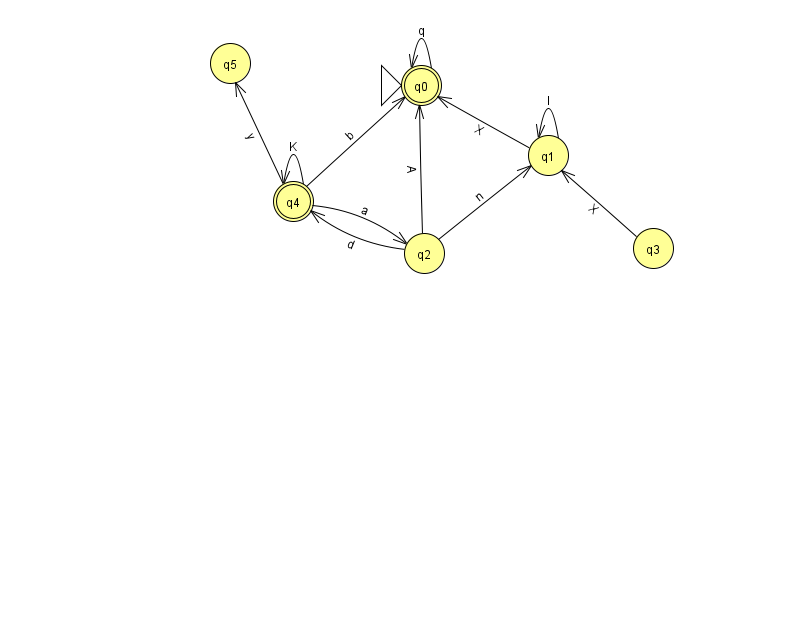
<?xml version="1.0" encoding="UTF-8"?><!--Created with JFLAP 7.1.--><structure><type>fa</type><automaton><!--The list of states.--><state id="0" name="q0"><x>421.0</x><y>72.0</y><initial/><final/></state><state id="1" name="q1"><x>548.0</x><y>142.0</y></state><state id="2" name="q2"><x>424.0</x><y>240.0</y></state><state id="3" name="q3"><x>653.0</x><y>235.0</y></state><state id="4" name="q4"><x>293.0</x><y>188.0</y><final/></state><state id="5" name="q5"><x>230.0</x><y>50.0</y></state><!--The list of transitions.--><transition><from>3</from><to>1</to><read>X</read></transition><transition><from>4</from><to>5</to><read>y</read></transition><transition><from>0</from><to>0</to><read>q</read></transition><transition><from>2</from><to>0</to><read>A</read></transition><transition><from>2</from><to>1</to><read>n</read></transition><transition><from>1</from><to>0</to><read>X</read></transition><transition><from>1</from><to>1</to><read>I</read></transition><transition><from>2</from><to>4</to><read>d</read></transition><transition><from>4</from><to>4</to><read>K</read></transition><transition><from>4</from><to>0</to><read>b</read></transition><transition><from>4</from><to>2</to><read>a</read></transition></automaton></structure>